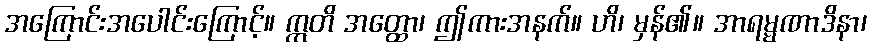
အကြောင်းအပေါင်းကြောင့်။ ဣတိ အတ္ထော၊ ဤကားအနက်။ ဟိ၊ မှန်၏။ အာရမ္မဏာဒိနာ၊